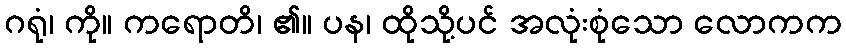
ဂရုံ၊ ကို။ ကရောတိ၊ ၏။ ပန၊ ထိုသို့ပင် အလုံးစုံသော လောကက